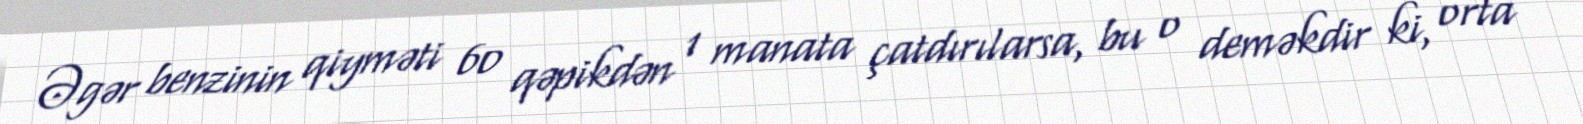
Əgər benzinin qiyməti 60 qəpikdən 1 manata çatdırılarsa, bu o deməkdir ki, orta